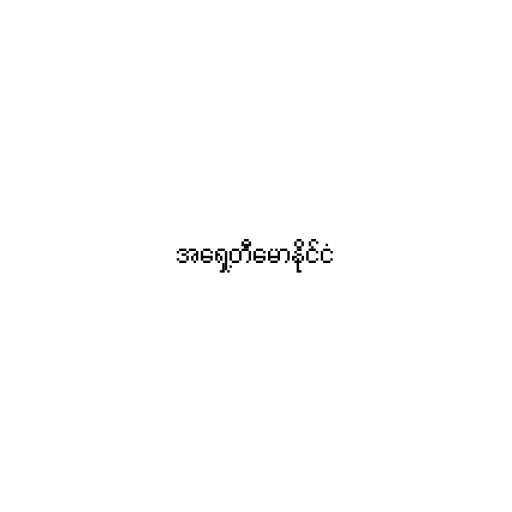
အရှေ့တီမောနိုင်ငံ